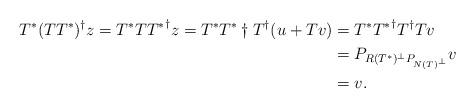
LaTeX: \begin{align*}T^*(TT^*)^{\dagger}z=T^*T{T^*}^{\dagger}z=T^*{T^*}\dagger T^{\dagger}(u+Tv)&=T^*{T^*}^{\dagger}T^{\dagger}Tv\\ &=P_{R(T^*)^{\bot}P_{N(T)^{\bot}}}v\\ &=v.\end{align*}